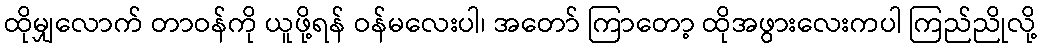
ထိုမျှလောက် တာဝန်ကို ယူဖို့ရန် ဝန်မလေးပါ၊ အတော် ကြာတော့ ထိုအဖွားလေးကပါ ကြည်ညိုလို့